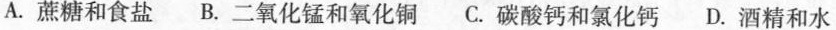
A.蔗糖和食盐B.二氧化锰和氧化铜C.碳酸钙和氯化钙D.酒精和水